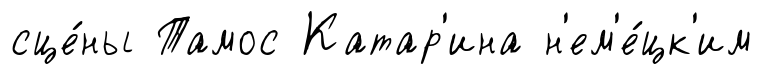
сце́ны Тамос Катар'ина н'ем'е́цк'им